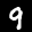
Label: 9